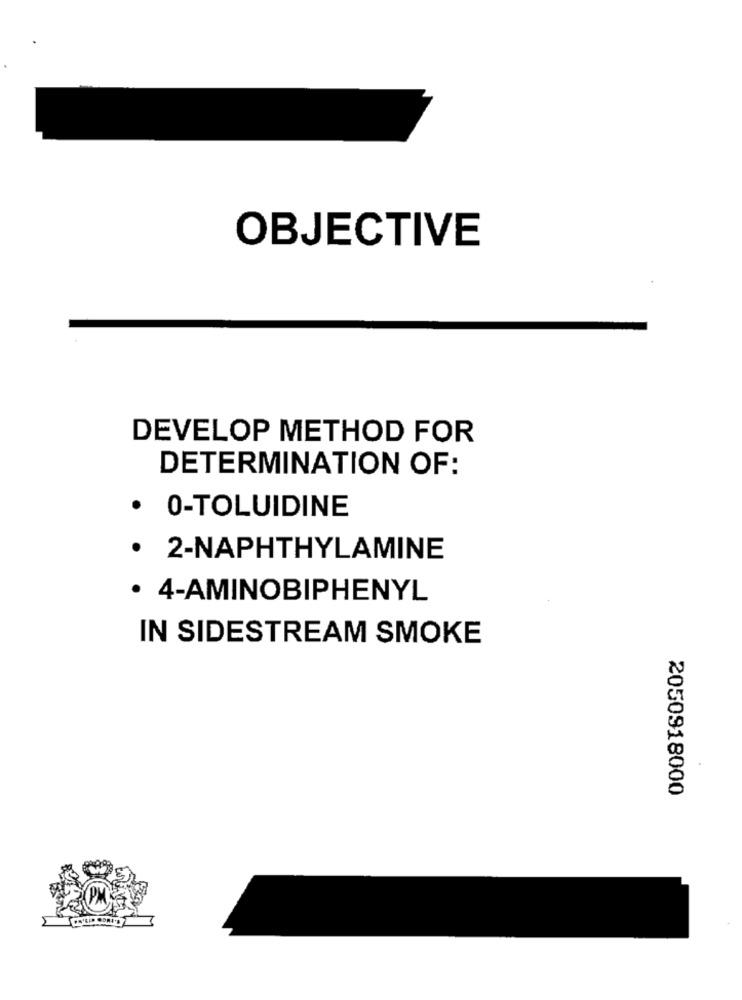
OBJECTIVE
DEVELOP METHOD FOR
DETERMINATION OF:
· 0-TOLUIDINE
· 2-NAPHTHYLAMINE
· 4-AMINOBIPHENYL
IN SIDESTREAM SMOKE
2050918000